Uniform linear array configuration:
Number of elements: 8
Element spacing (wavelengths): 1
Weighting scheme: hann
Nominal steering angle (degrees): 15
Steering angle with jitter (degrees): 15.903
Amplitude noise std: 0.05
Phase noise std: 0.05

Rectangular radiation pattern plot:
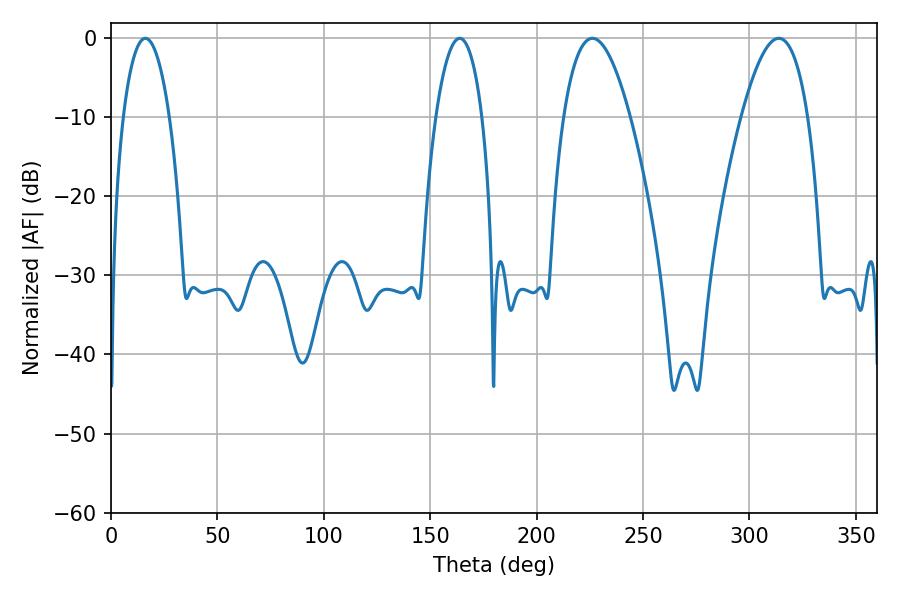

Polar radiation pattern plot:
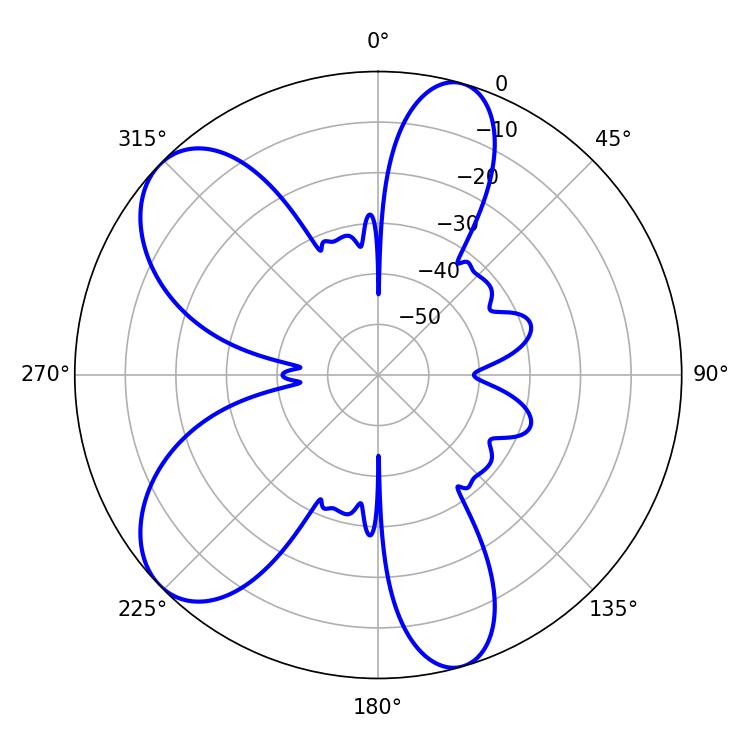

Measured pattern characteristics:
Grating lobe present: TRUE
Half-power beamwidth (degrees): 17.1
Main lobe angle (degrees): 226.26